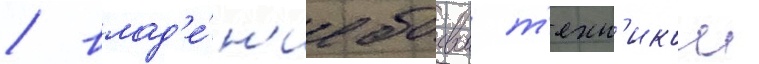
/ влад'е́н'ие боевои т'ехн'икои